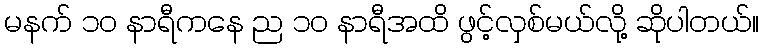
မနက် ၁၀ နာရီကနေ ည ၁၀ နာရီအထိ ဖွင့်လှစ်မယ်လို့ ဆိုပါတယ်။